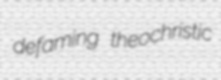
defaming theochristic